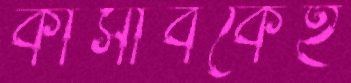
কাসাবকেই